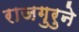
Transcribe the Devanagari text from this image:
राजगुरुने